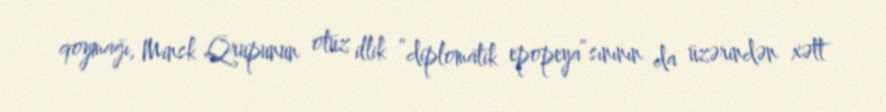
qoymağı, Minsk Qrupunun otuz illik “diplomatik epopeya”sınının da üzərindən xətt